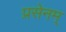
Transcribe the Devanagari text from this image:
प्रसेनम्‌